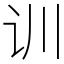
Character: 训